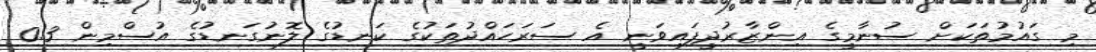
މި ގައުމުތަކަށް ސުނާމީގެ އިންޒާރުދީފައިވަނީ އެ ސަރަހައްދުތަކުގެ ކަނޑުގެ ލޮނުގަނޑުގެ އުސްމިން 0.3